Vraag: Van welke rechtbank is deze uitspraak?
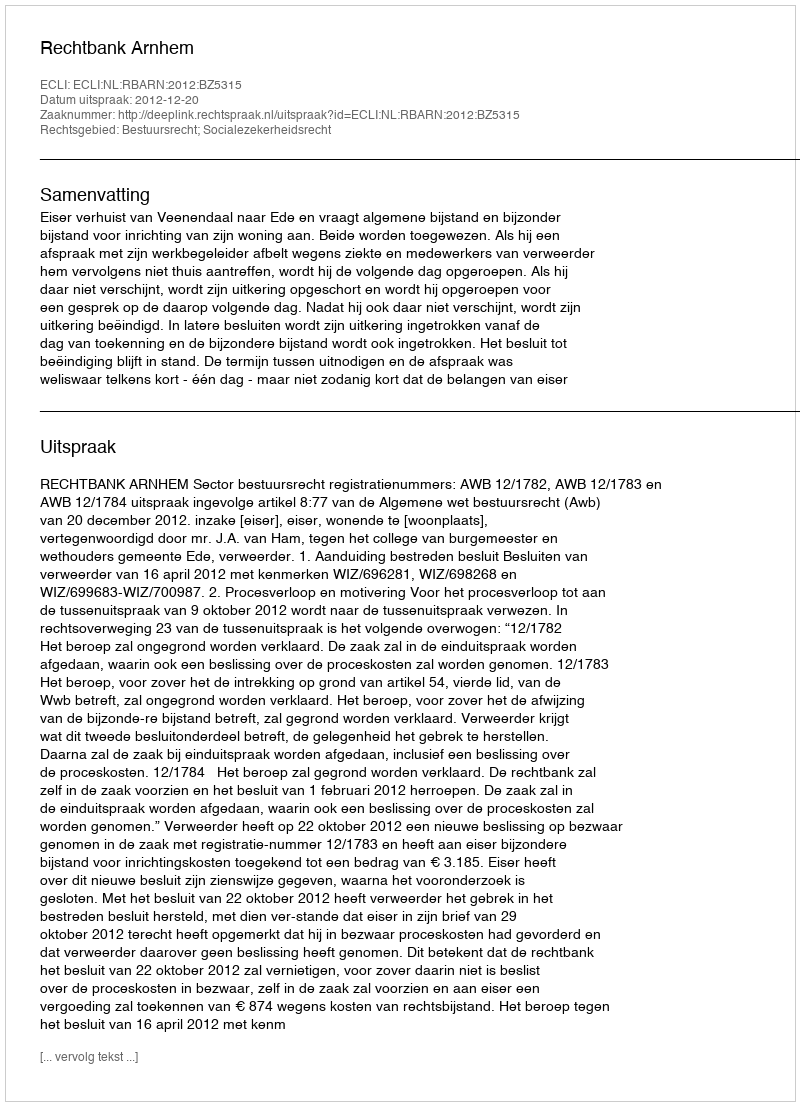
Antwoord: Rechtbank Arnhem